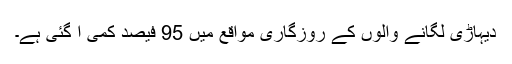
دیہاڑی لگانے والوں کے روزگاری مواقع میں 95 فیصد کمی آ گئی ہے۔